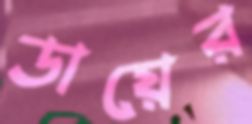
ডায়ের